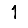
Digit: 1